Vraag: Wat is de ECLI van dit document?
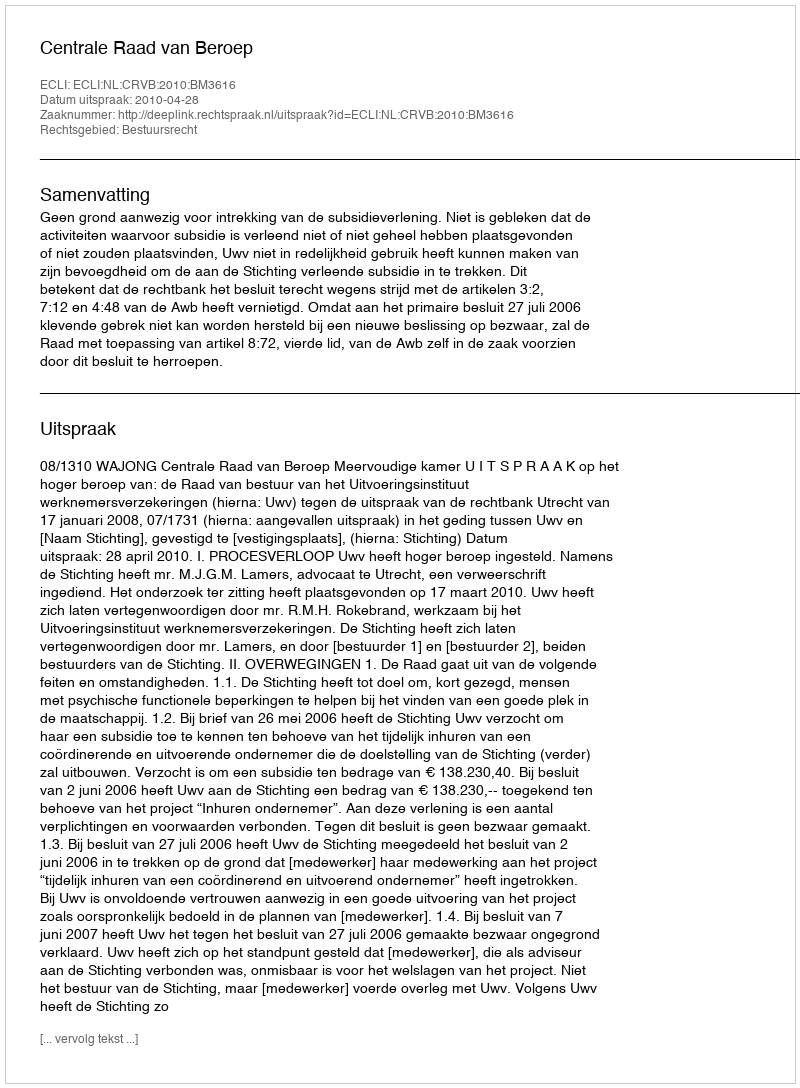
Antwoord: ECLI:NL:CRVB:2010:BM3616